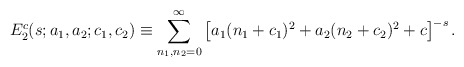
\begin{align*}E_2^c(s;a_1,a_2;c_1,c_2) \equiv\sum_{n_1, n_2=0}^{\infty} \left[ a_1(n_1+c_1)^2+a_2(n_2+c_2)^2 +c\right]^{-s}.\end{align*}